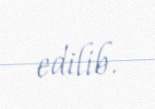
edilib.